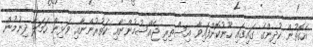
އެގޮތުން ކުދިންގެ ގަައިގައި ހޫނުކޮށްފައިވާ އިސްތިރި ޖެއްސުމުންނާއި ކަތުރުންނާއި ވަޅިން ހަމަލާ ދިނުމުން